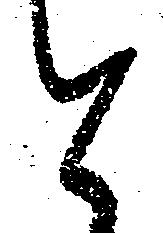
と